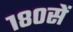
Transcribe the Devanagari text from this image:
१८०सें